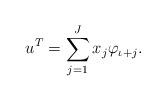
LaTeX: \begin{align*}u^T= \sum_{j=1}^J x_j\varphi_{\iota+j}.\end{align*}